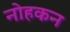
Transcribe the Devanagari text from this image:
नोहकन